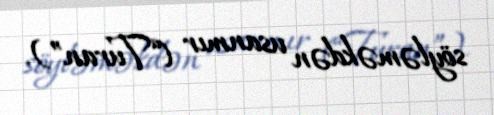
söyləməkdən usanmır (“Turan”).